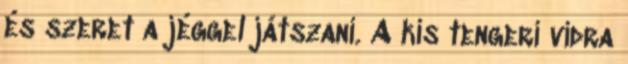
és szeret a jéggel játszani. A kis tengeri vidra